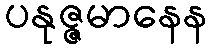
ပနုဇ္ဇမာနေန